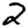
Digit: 2